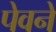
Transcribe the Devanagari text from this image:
पेवने